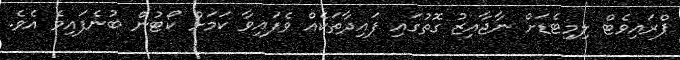
ޕްރައިވެޓް ލިމިޓެޑަށް ނާޖާއިޒު ގޮތުގައި ފައިދާތަކެއް ވެފައިވާ ކަމަށް ކޯޓުން ބުނެފައިވެ އެވެ.